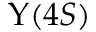
\Upsilon ( 4 S )